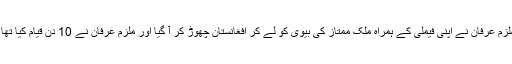
ملزم عرفان نے اپنی فیملی کے ہمراہ ملک ممتاز کی بیوی کو لے کر افغانستان چھوڑ کر آ گیا اور ملزم عرفان نے 10 دن قیام کیا تھا ۔